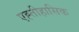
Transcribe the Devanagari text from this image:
एह्तीहासिक